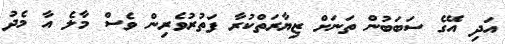
އަދި އޭގެ ސަބަބުން ތަނަށް ޒިޔާރަތްކުރާ ފަތުރުވެރިން ވެސް މާލެ އާ މެދު